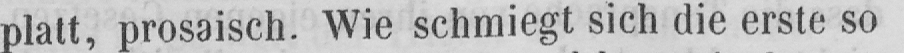
platt, prosaisch. Wie schmiegt sich die erste so